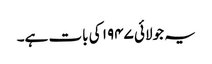
یہ جولائی ۱۹۴۷ کی بات ہے۔